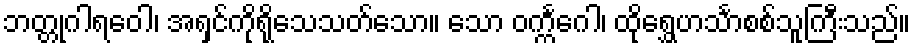
ဘတ္တုဂါရဝေါ၊ အရှင်ကိုရိုသေသတ်သော။ သော ဝက္ကင်္ဂေါ၊ ထိုရွှေဟင်္သာစစ်သူကြီးသည်။